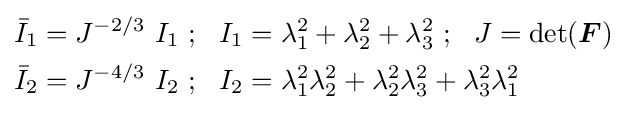
{\begin{aligned}{\bar {I}}_{1}&=J^{-2/3}~I_{1}~;~~I_{1}=\lambda _{1}^{2}+\lambda _{2}^{2}+\lambda _{3}^{2}~;~~J=\det({\boldsymbol {F}})\\{\bar {I}}_{2}&=J^{-4/3}~I_{2}~;~~I_{2}=\lambda _{1}^{2}\lambda _{2}^{2}+\lambda _{2}^{2}\lambda _{3}^{2}+\lambda _{3}^{2}\lambda _{1}^{2}\end{aligned}}